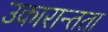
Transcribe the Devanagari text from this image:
उकारान्तता